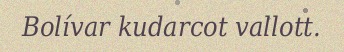
Bolívar kudarcot vallott.